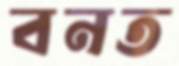
বনত